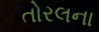
તોરલના